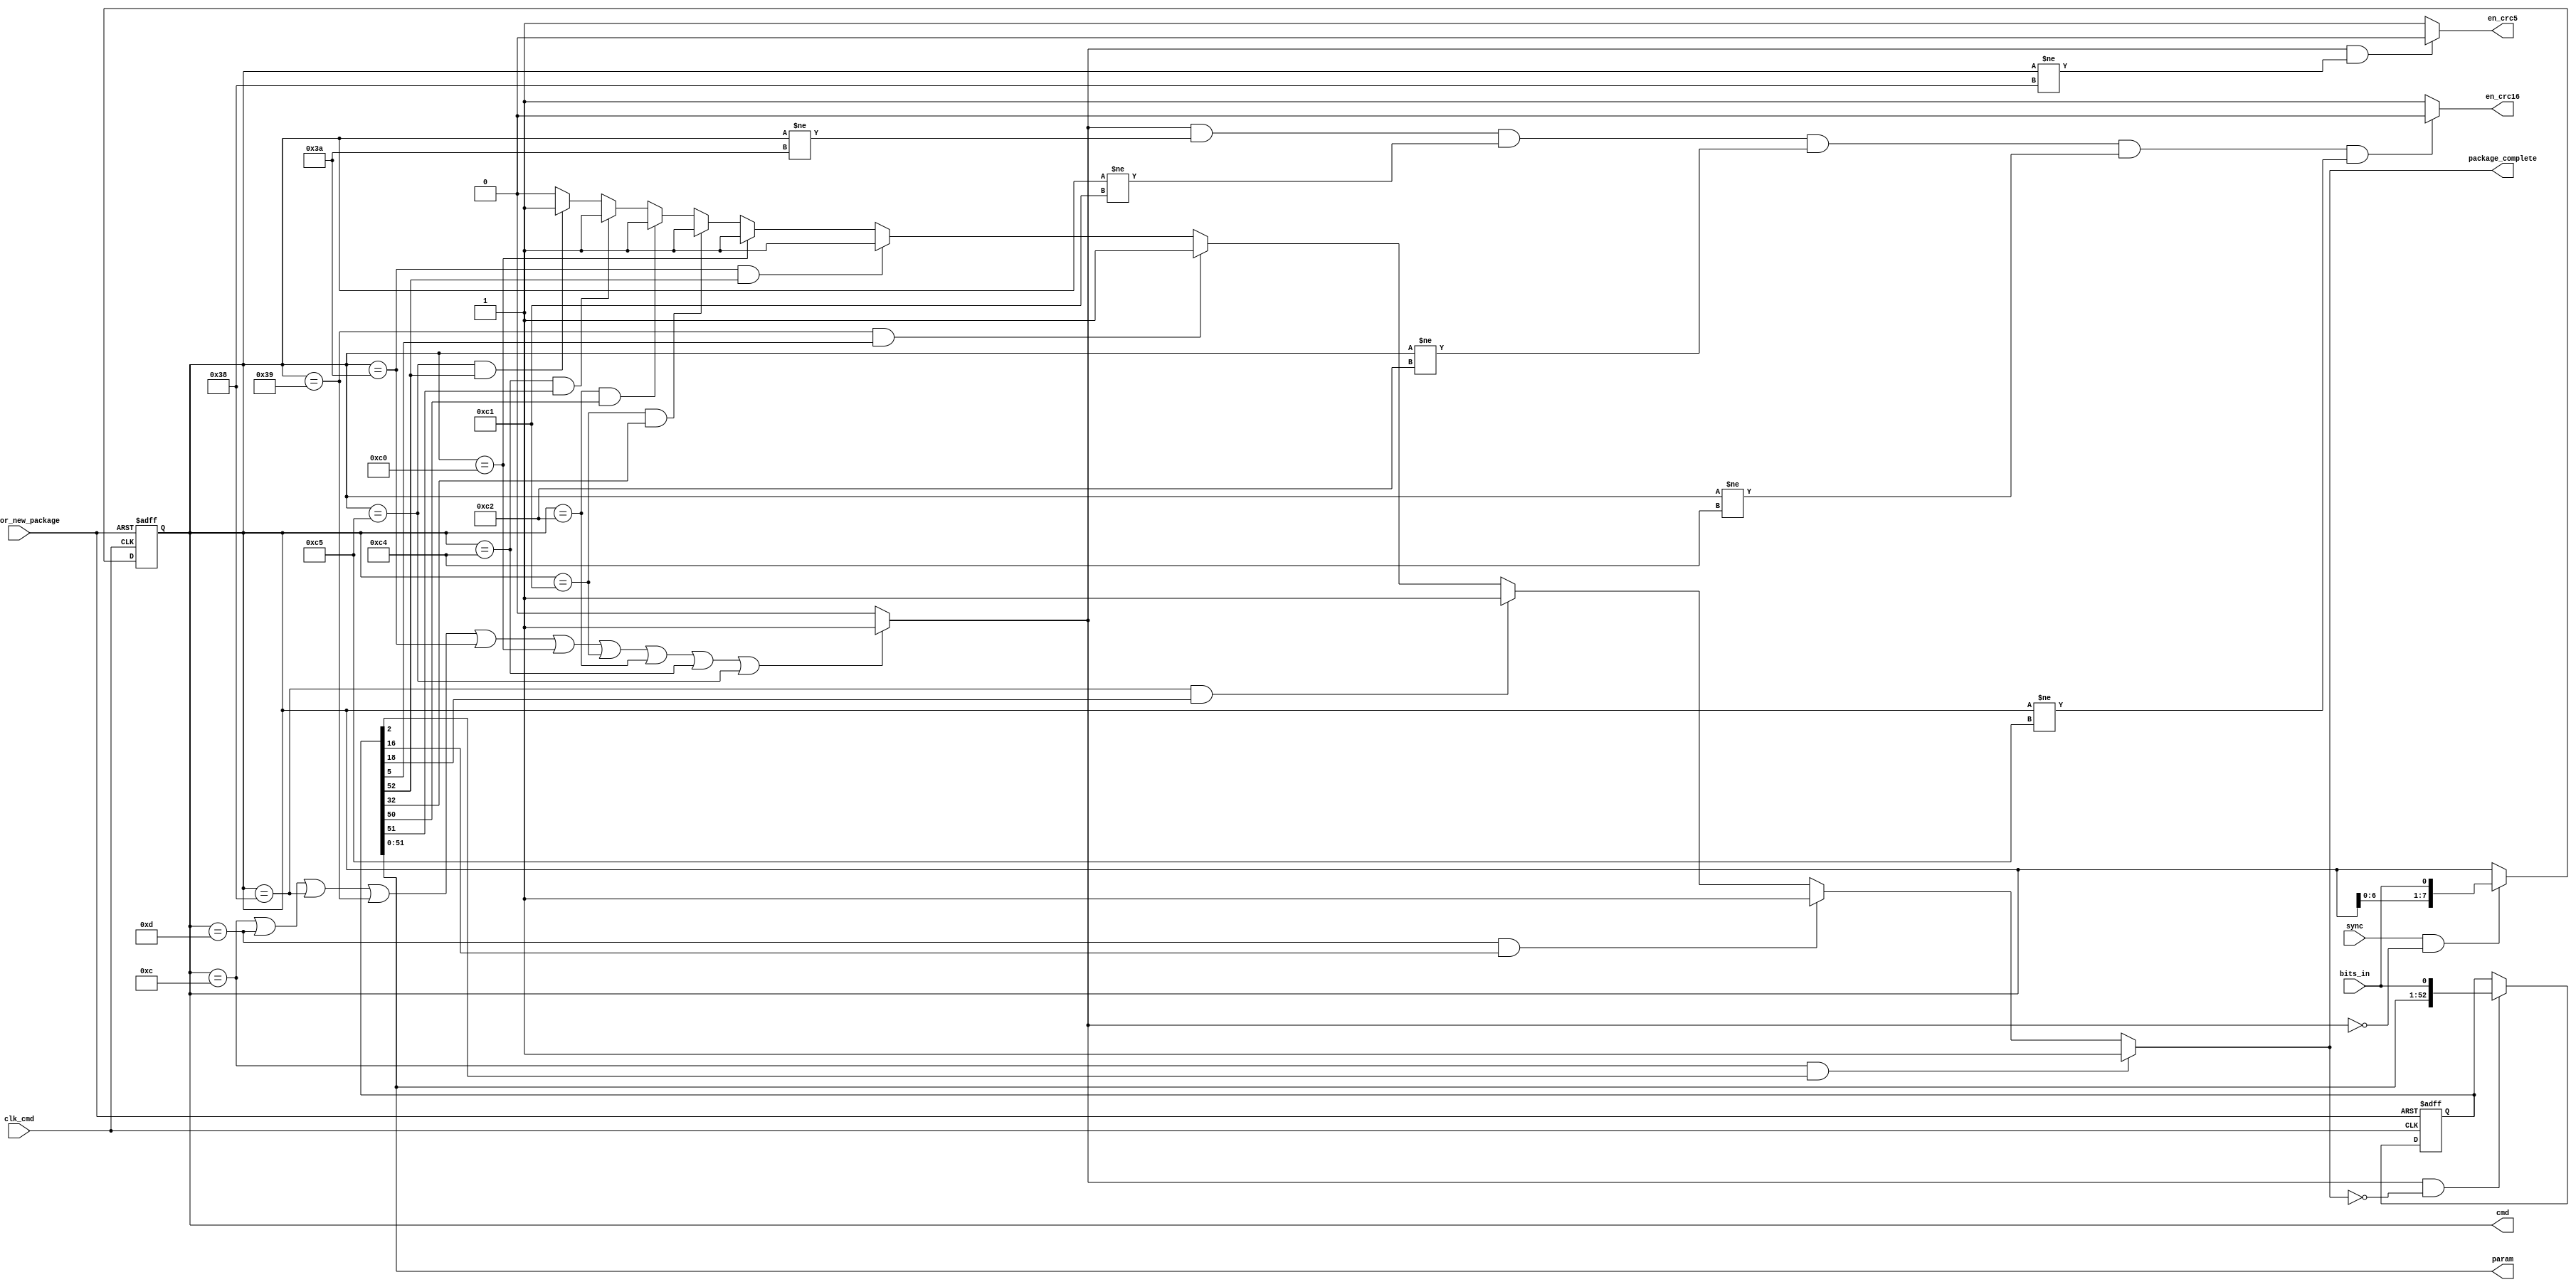
/*
	*	Command Buffer
	*
	*	Serial input to parallel output
	*
	*	Check correctness of the received command
	*
	*	Enable/Disable CRC-5 and CRC-16 Encoder/Decoder
	*
	*	Enable to processing the command if the received command is valid
	*
	*	This design of baseband processor is improved by TSMC 0.18 um CMOS standard process
	*	it does not support EEPROM, so we chose ROM to be the baseband processor's memory
	*	because we use ROM to be the memory, we are not able to verify the Write command
*/


`timescale 1us / 1ns


module cmd_buf
(
output reg [7:0]cmd,
output [51:0]param,
output package_complete,
output en_crc5,
output en_crc16,
input clk_cmd,
input rst_for_new_package,
input bits_in,
input sync
);


// --- mandatory command of EPC Gen2 protocol ---
parameter QueryRep		= 8'b0000_1100;
parameter ACK			= 8'b0000_1101;
parameter Query			= 8'b0011_1000;
parameter QueryAdjust		= 8'b0011_1001;
parameter Select		= 8'b0011_1010;
parameter NAK			= 8'b1100_0000;
parameter Req_RN		= 8'b1100_0001;
parameter Read			= 8'b1100_0010;
//parameter Write		= 8'b1100_0011;
parameter Kill			= 8'b1100_0100;
parameter Lock			= 8'b1100_0101;


reg cmd_complete;
reg [52:0]param_tmp;


assign param = param_tmp[51:0];

assign en_crc5 = (cmd_complete & cmd != Query)? 1'b0 : 1'b1;

assign en_crc16 = (cmd_complete & cmd != Select & cmd != Req_RN & cmd != Read & cmd != Kill & cmd != Lock)? 1'b0 : 1'b1;

assign package_complete = (cmd == QueryRep & param_tmp[2])? 1'b1 :
						  (cmd == ACK & param_tmp[16])? 1'b1 :
						  (cmd == Query & param_tmp[18])? 1'b1 :
						  (cmd == QueryAdjust & param_tmp[5])? 1'b1 :
						  (cmd == Select & param_tmp[52])? 1'b1 :
						  (cmd == NAK)? 1'b1 :
						  (cmd == Req_RN & param_tmp[32])? 1'b1 :
						  (cmd == Read & param_tmp[50])? 1'b1 :
						  (cmd == Kill & param_tmp[51])? 1'b1 :
						  (cmd == Lock & param_tmp[52])? 1'b1 : 1'b0;

						  
always@(*) begin
	if(cmd == QueryRep | cmd == ACK | cmd == Query |
	   cmd == QueryAdjust | cmd == Select | cmd == NAK |
	   cmd == Req_RN | cmd == Read | cmd == Kill | cmd == Lock) cmd_complete = 1'b1;
	else cmd_complete = 1'b0;
end


always@(posedge clk_cmd or negedge rst_for_new_package) begin
	if(~rst_for_new_package) cmd <= 8'b0000_0011;
	else begin
		if(sync & ~cmd_complete) cmd <= {cmd[6:0], bits_in};
	end
end


always@(posedge clk_cmd or negedge rst_for_new_package) begin
	if(~rst_for_new_package) param_tmp <= 53'b1;
	else begin
		if(cmd_complete & ~package_complete) param_tmp <= {param_tmp[51:0], bits_in};
	end
end


endmodule